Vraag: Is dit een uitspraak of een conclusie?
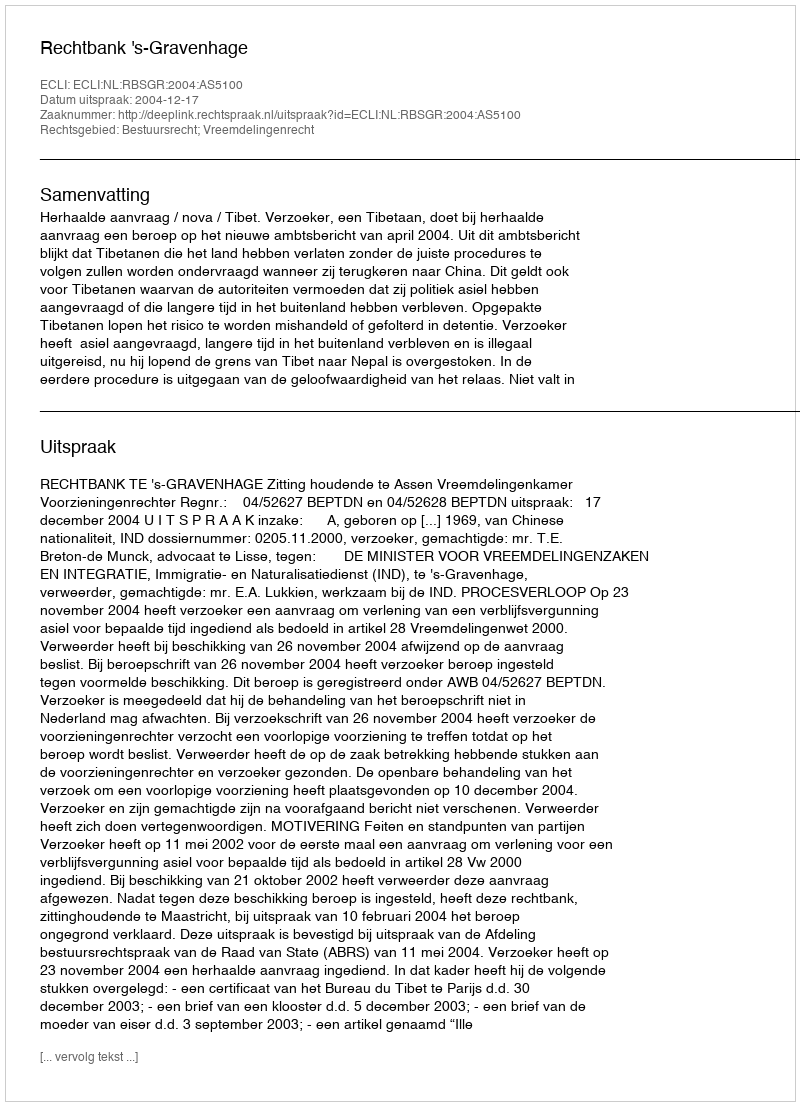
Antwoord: Uitspraak